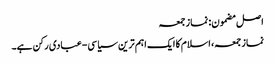
اصل مضمون: نماز جمعہ
نماز جمعہ، اسلام کا ایک اہم ترین سیاسی-عبادی رکن ہے۔